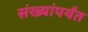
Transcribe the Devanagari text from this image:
संख्यांपर्यंत